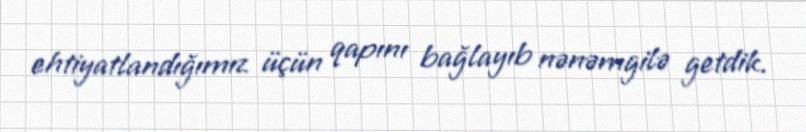
ehtiyatlandığımız üçün qapını bağlayıb nənəmgilə getdik.